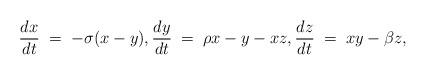
LaTeX: \begin{align*}\frac{dx}{dt} \; = \; -\sigma(x-y),\frac{dy}{dt}\; = \; \rho x - y -xz, \frac{dz}{dt}\; = \; xy-\beta z,\end{align*}